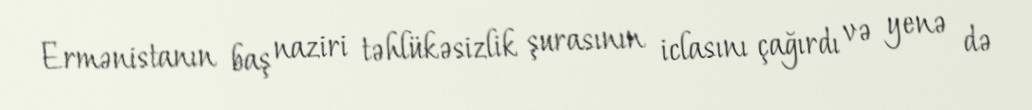
Ermənistanın baş naziri təhlükəsizlik şurasının iclasını çağırdı və yenə də